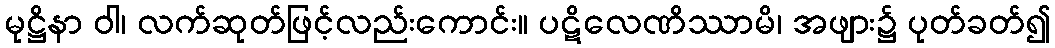
မုဋ္ဌိနာ ဝါ၊ လက်ဆုတ်ဖြင့်လည်းကောင်း။ ပဋိလေဏိဿာမိ၊ အဖျား၌ ပုတ်ခတ်၍